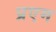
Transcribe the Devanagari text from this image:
प्रएम